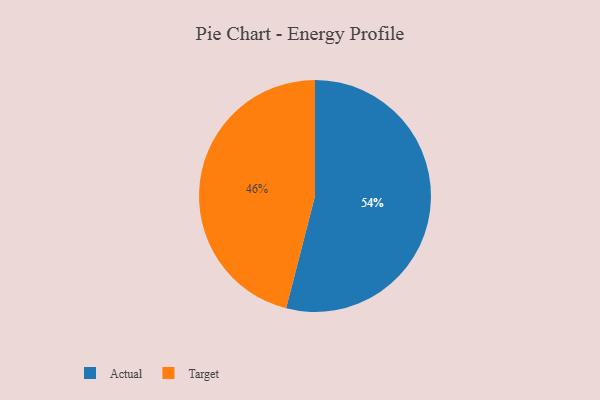
{"axis": {"x": "Category", "y": "Percentage"}, "legend": ["Actual", "Target"], "data": [{"x": "Target", "y": 46, "type": "Target"}, {"x": "Actual", "y": 54, "type": "Actual"}]}